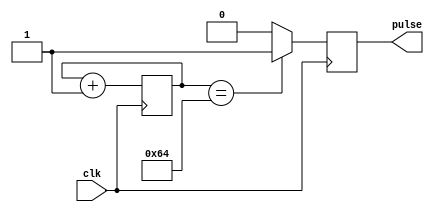
module FallingEdgePulseGenerator(
    input wire clk,
    output reg pulse
);

reg [31:0] counter;

always @ (posedge clk) begin
    counter <= counter + 1;
    if (counter == 100) begin // Delay before generating pulse
        pulse <= 1;
    end else begin
        pulse <= 0;
    end
end

endmodule